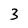
Character: 3